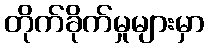
တိုက်ခိုက်မှုများမှာ